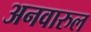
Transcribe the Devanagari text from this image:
अनवारुल